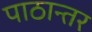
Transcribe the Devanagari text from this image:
पाठान्तर